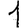
Digit: 1